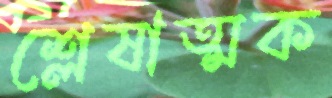
শ্লেষাত্মক